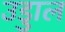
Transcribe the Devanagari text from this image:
उडुाल